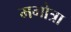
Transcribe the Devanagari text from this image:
मगोत्रा